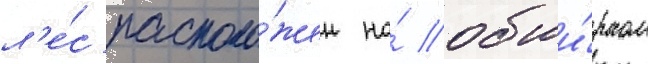
л'е́с располо́жен на́ обши́рном